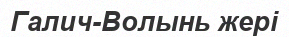
Галич-Волынь жері